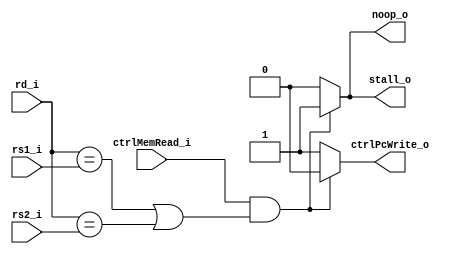
module Hazard_Detection
(
    rs1_i,
    rs2_i,
    rd_i,
    ctrlMemRead_i,
    ctrlPcWrite_o,
    stall_o,
    noop_o,
);

// ports
input   [4:0]   rs1_i;
input   [4:0]   rs2_i;
input   [4:0]   rd_i;
input           ctrlMemRead_i;
output          ctrlPcWrite_o;
output          stall_o;
output          noop_o;

// registers
reg ctrlPcWrite;
reg noop;
reg stall;

assign  ctrlPcWrite_o = ctrlPcWrite;
assign  noop_o = noop;
assign  stall_o = stall;

always @(ctrlMemRead_i or rs1_i or rs2_i or rd_i) begin
    if (ctrlMemRead_i == 1 && (rd_i == rs1_i || rd_i == rs2_i)) begin
        ctrlPcWrite = 0;
        noop = 1;
        stall = 1;
    end else begin
        ctrlPcWrite = 1;
        noop = 0;
        stall = 0;
    end
end
    
endmodule